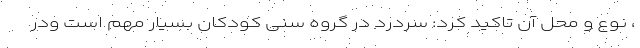
، نوع و محل آن تاکید کرد: سردرد در گروه سنی کودکان بسیار مهم است ودر